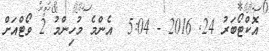
އޮކްޓޯބަރު 24